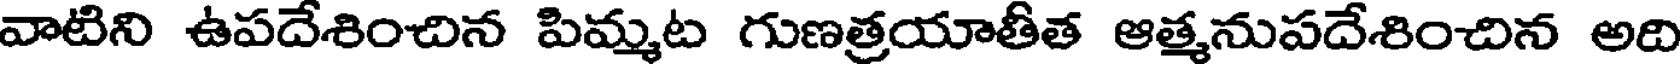
వాటిని ఉపదేశించిన పిమ్మట గుణత్రయాతీత ఆత్మనుపదేశించిన అది